Annual report on the working of the Harcourt Butler Institute of Public Health, Rangoon
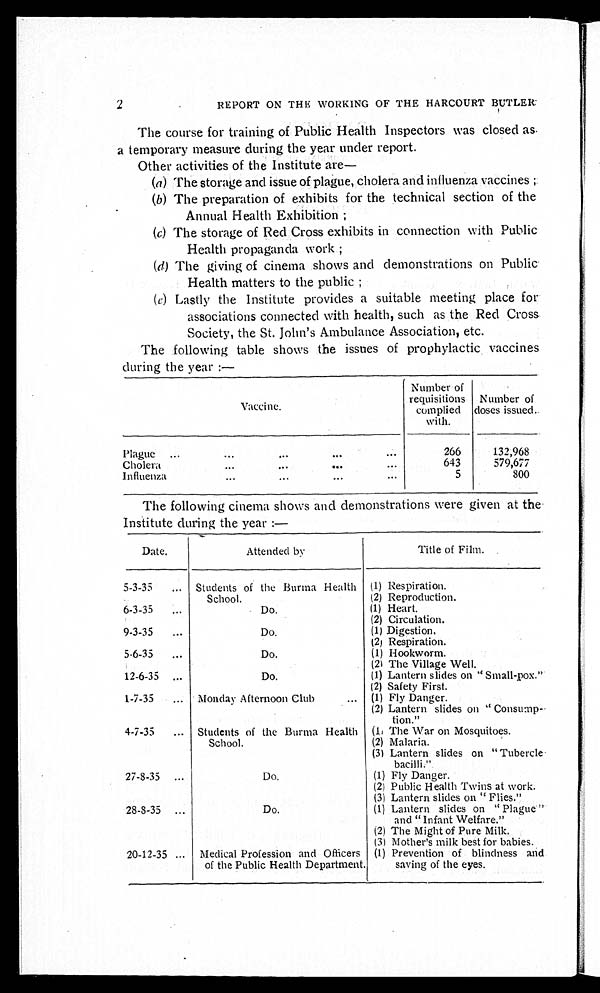
2
REPORT ON THE WORKING OF THE HARCOURT BUTLER
The course for training of Public Health Inspectors was closed as.
a temporary measure during the year under report.
Other activities of the Institute are
—
(a) The storage and issue of plague, cholera and influenza vaccines;
(b) The preparation of exhibits for the technical section of the
Annual Health Exhibition;
(c) The storage of Red Cross exhibits in connection with Public
Health propaganda work;
(d) The giving of cinema shows and demonstrations on Public.
Health matters to the public;
( e) Lastly the Institute provides a suitable meeting place for
associations connected with health, such as the Red Cross.
Society, the St. John's Ambulance Association, etc.
The following table shows the issues of prophylactic vaccines
during the year:—
Vaccine.
Number of
requisitions
complied
with.
Number of
doses issued.
Plague . . .
266
132,968
Cholera . . .
643
579,677
Influenza . . .
5
800
The following cinema shows and demonstrations were given at the
Institute during the year:—
Date.
Attended by
Title of Film.
5-3-35 . . .
Students of the Burma Health
School.
(1) Respiration.
(2) Reproduction.
6-3-35 . . .
Do.
(1) Heart.
(2) Circulation.
9-3-35 . . .
Do.
(1) Digestion.
(2) Respiration.
5-6-35 . . .
Do.
(1) Hookworm.
(2) The Village Well.
12-6-35 . . .
Do.
(1) Lantern slides on "Small-pox."
(2) Safety First.
1-7-35 . . .
Monday Afternoon Club . . .
(1) Fly Danger.
(2) Lantern slides on "Consump
-
t i o n . "
4-7-35 . . .
Students of the Burma Health
School.
(1) The War on Mosquitoes.
(2) Malaria.
(3) Lantern slides on "Tubercle
b a c i l l i . "
27-8-35 . . .
Do.
(1) Fly Danger.
(2) Public Health Twins at work.
(3) Lantern slides on "Flies"
28-8-35 . . .
Do.
(1) Lantern slides on "Plague"
and "Infant Welfare."
(2) The Might of Pure Milk.
(3) Mother's milk best for babies.
20-12-35 . . . Medical Profession and Officers
of the Public Health Department.
(1) Prevention of blindness and
saying of the eyes.